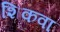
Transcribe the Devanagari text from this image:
शिकवा